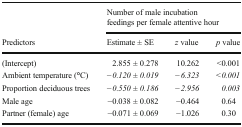
<table><thead><tr><td></td><td colspan="3"><b>Number of male incubation feedings per female attentive hour</b></td></tr><tr><td><b>Predictors</b></td><td><b>Estimate ± SE</b></td><td><b><i>z</i> value</b></td><td><b><i>p</i> value</b></td></tr></thead><tbody><tr><td>(Intercept)</td><td>2.855 ± 0.278</td><td>10.262</td><td>&lt;0.001</td></tr><tr><td>Ambient temperature (<b>°</b>C)</td><td><i>−0.120 ± 0.019</i></td><td><i>−6.323</i></td><td><i>&lt;0.001</i></td></tr><tr><td>Proportion deciduous trees</td><td><i>−0.550 ± 0.186</i></td><td><i>−2.956</i></td><td><i>0.003</i></td></tr><tr><td>Male age</td><td>−0.038 ± 0.082</td><td>−0.464</td><td>0.64</td></tr><tr><td>Partner (female) age</td><td>−0.071 ± 0.069</td><td>−1.026</td><td>0.30</td></tr></tbody></table>